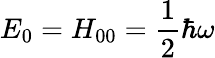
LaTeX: E_{0}=H_{00}=\frac{1}{2}\hbar\omega